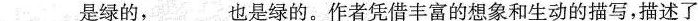
___是绿的，___也是绿的。作者凭借丰富的想象和生动的描写，描述了